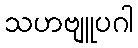
သဟဗျူပဂါ